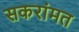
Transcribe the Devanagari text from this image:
सकरांमत